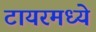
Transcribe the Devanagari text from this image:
टायरमध्ये